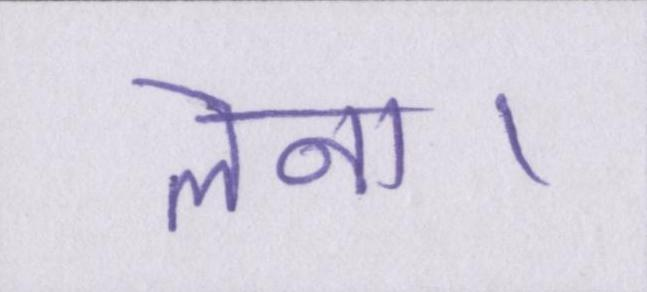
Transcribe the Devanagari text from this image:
लेना।